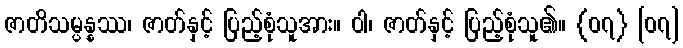
ဇာတိသမ္ပန္နဿ၊ ဇာတ်နှင့် ပြည့်စုံသူအား။ ဝါ၊ ဇာတ်နှင့် ပြည့်စုံသူ၏။ {၀၇} [၀၇]